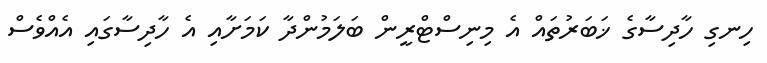
ހިނގި ހާދިސާގެ ޚަބަރުތައް އެ މިނިސްޓްރީން ބަލަމުންދާ ކަމަށާއި އެ ހާދިސާގައި އެއްވެސް